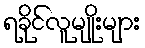
ရခိုင်လူမျိုးများ